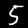
Digit: 5